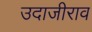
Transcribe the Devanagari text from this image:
उदाजीराव